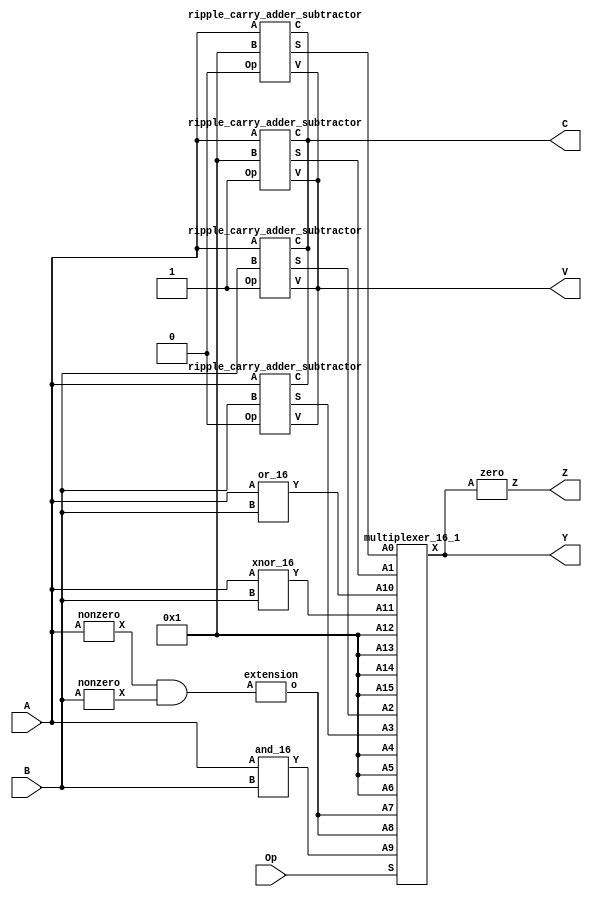
module alu(Y, C, V, Z, A, B, Op);
   output [15:0] Y;  // Result.
   output 	 C;  // Carry.
   output 	 V;  // Overflow.
   output 	 Z;  // Zero.
   input [15:0]  A;  // Operand.
   input [15:0]  B;  // Operand.
   input [3:0] 	 Op; // Operation. 4 bits

   wire [15:0] 	 BitAnd, BitOr, BitXnor, Inc, Dec, Add, Sub, LogAnd, LogOr;
   wire Abool,Bbool,LogAnd1, LogOr1;
   wire 	 Vas;
   wire 	 Cas;
   
   //temps
   nonzero ab(Abool, A); //if A != 0 then Abool = 1
   nonzero bb(Bbool, B); //if B != 0 then Bbool = 1
   
   // The operations
   ripple_carry_adder_subtractor incop(Inc, C, V, A, 16'b1, 1'b0);     	 // Op == 0000 Result = A + 1
   ripple_carry_adder_subtractor decop(Dec, C, V, A, 16'b1, 1'b1);     	 // Op == 0001 Result = A - 1
   ripple_carry_adder_subtractor subop(Sub, C, V, A, B, 1'b1);     	     // Op == 0010 Result = A - B
   ripple_carry_adder_subtractor addop(Add, C, V, A, B, 1'b0);     	     // Op == 0011 Result = A + B

									 // Op == 0100 TODO
									 // Op == 0101 TODO
									 // Op == 0110 TODO

   and logand(LogAnd1, Abool, Bbool);                                    // Op == 0111 Result = A && B
   extension logand2(LogAnd, LogAnd1);
   
   or logor(LogO1r, Abool, Bbool);							    	     // Op == 1000 Result = A !! B
   extension logor2(LogOr, LogOr1);

   and_16 andop(BitAnd, A, B);                                           // Op == 1001 Result = A . B
   or_16 orop(BitOr, A, B);                                              // Op == 1010 Result = A + B
   xnor_16 xnorop(BitXnor, A, B);                                        // Op == 1011 Result = A ~^ B
   			                                                 // Op == 1100 TODO
   			                                                 // Op == 1101 TODO

  multiplexer_16_1 mux(Y, Inc, Dec, Sub, Add, 16'b1, 16'b1, 16'b1, LogAnd, LogAnd, BitAnd, BitOr, BitXnor, 16'b1, 16'b1, 16'b1, 16'b1, Op);

 
   and(N, Y[15], s);       // Most significant bit is the sign bit in 2's complement.   
   zero z(Z, Y);           // All operations can set the Zero status bit.
endmodule // alu

module multiplexer_16_1(X, A0, A1, A2, A3, A4, A5, A6, A7, A8, A9, A10, A11, A12, A13, A14, A15, S);
   output [15:0] X;        // The output line

   input [15:0] A15;       // Input line with id 4'b1111
   input [15:0] A14;       // Input line with id 4'b1110
   input [15:0] A13;       // Input line with id 4'b1101
   input [15:0] A12;       // Input line with id 4'b1100
   input [15:0] A11;       // Input line with id 4'b1011
   input [15:0] A10;       // Input line with id 4'b1010
   input [15:0] A9;        // Input line with id 4'b1001
   input [15:0] A8;        // Input line with id 4'b1000
   input [15:0] A7;        // Input line with id 4'b0111
   input [15:0] A6;        // Input line with id 4'b0110
   input [15:0] A5;        // Input line with id 4'b0101
   input [15:0] A4;        // Input line with id 4'b0100
   input [15:0] A3;        // Input line with id 4'b0011
   input [15:0] A2;        // Input line with id 4'b0010
   input [15:0] A1;        // Input line with id 4'b0001
   input [15:0] A0;        // Input line with id 4'b0000
   input [3:0] S;          // Selection lines

   assign X = (S[3] == 0 
               ? (S[2] == 0 
                  ? (S[1] == 0 
                     ? (S[0] == 0 ? A0 : A1)
                     : (S[0] == 0 ? A2 : A3))
                  : (S[1] == 0 
                     ? (S[0] == 0 ? A4 : A5)
                     : (S[0] == 0 ? A6 : A7)))
               : (S[2] == 0 
                  ? (S[1] == 0 
                     ? (S[0] == 0 ? A8 : A9)
                     : (S[0] == 0 ? A10 : A11))
                  : (S[1] == 0 
                     ? (S[0] == 0 ? A12 : A13)
                     : (S[0] == 0 ? A14 : A15))));
endmodule // multiplexer_16_1


module and_16(Y, A, B);
   output [15:0] Y;  
   input [15:0]  A;  
   input [15:0]  B;  

   and(Y[0], A[0], B[0]);
   and(Y[1], A[1], B[1]);
   and(Y[2], A[2], B[2]);
   and(Y[3], A[3], B[3]);
   and(Y[4], A[4], B[4]);
   and(Y[5], A[5], B[5]);
   and(Y[6], A[6], B[6]);
   and(Y[7], A[7], B[7]);
   and(Y[8], A[8], B[8]);
   and(Y[9], A[9], B[9]);
   and(Y[10], A[10], B[10]);
   and(Y[11], A[11], B[11]);
   and(Y[12], A[12], B[12]);
   and(Y[13], A[13], B[13]);
   and(Y[14], A[14], B[14]);
   and(Y[15], A[15], B[15]);
endmodule 

module or_16(Y, A, B);
   output [15:0] Y; 
   input [15:0]  A; 
   input [15:0]  B; 

   or(Y[0], A[0], B[0]);
   or(Y[1], A[1], B[1]);
   or(Y[2], A[2], B[2]);
   or(Y[3], A[3], B[3]);
   or(Y[4], A[4], B[4]);
   or(Y[5], A[5], B[5]);
   or(Y[6], A[6], B[6]);
   or(Y[7], A[7], B[7]);
   or(Y[8], A[8], B[8]);
   or(Y[9], A[9], B[9]);
   or(Y[10], A[10], B[10]);
   or(Y[11], A[11], B[11]);
   or(Y[12], A[12], B[12]);
   or(Y[13], A[13], B[13]);
   or(Y[14], A[14], B[14]);
   or(Y[15], A[15], B[15]);
endmodule 

module extension(o, A);
    input A;
    output [15:0] o;
    and(o[0], 0,0);
    and(o[1], 0,0);
    and(o[2], 0,0);
    and(o[3], 0,0);
    and(o[4], 0,0);
    and(o[5], 0,0);
    and(o[6], 0,0);
    and(o[7], 0,0);
    and(o[8], 0,0);
    and(o[9], 0,0);
    and(o[10], 0,0);
    and(o[11], 0,0);
    and(o[12], 0,0);
    and(o[13], 0,0);
    and(o[14], 0,0);
    and(o[15], A,A);
endmodule
    
    

module xnor_16(Y, A, B);
   output [15:0] Y; 
   input [15:0]  A; 
   input [15:0]  B; 

   xnor(Y[0], A[0], B[0]);
   xnor(Y[1], A[1], B[1]);
   xnor(Y[2], A[2], B[2]);
   xnor(Y[3], A[3], B[3]);
   xnor(Y[4], A[4], B[4]);
   xnor(Y[5], A[5], B[5]);
   xnor(Y[6], A[6], B[6]);
   xnor(Y[7], A[7], B[7]);
   xnor(Y[8], A[8], B[8]);
   xnor(Y[9], A[9], B[9]);
   xnor(Y[10], A[10], B[10]);
   xnor(Y[11], A[11], B[11]);
   xnor(Y[12], A[12], B[12]);
   xnor(Y[13], A[13], B[13]);
   xnor(Y[14], A[14], B[14]);
   xnor(Y[15], A[15], B[15]);
endmodule


module zero(Z, A);
   output Z;        
   input [15:0]  A;
   wire [15:0] 	 Y; 
   
   xnor(Y[0], A[0], 0); // A XOR 0 = 1 iff A == 0
   xnor(Y[1], A[1], 0);
   xnor(Y[2], A[2], 0);
   xnor(Y[3], A[3], 0);
   xnor(Y[4], A[4], 0);
   xnor(Y[5], A[5], 0);
   xnor(Y[6], A[6], 0);
   xnor(Y[7], A[7], 0);
   xnor(Y[8], A[8], 0);
   xnor(Y[9], A[9], 0);
   xnor(Y[10], A[10], 0);
   xnor(Y[11], A[11], 0);
   xnor(Y[12], A[12], 0);
   xnor(Y[13], A[13], 0);
   xnor(Y[14], A[14], 0);
   xnor(Y[15], A[15], 0);
   and(Z, Y[0], Y[1], Y[2], Y[3], Y[4], Y[5], Y[6], Y[7], Y[8], Y[9], Y[10], Y[11], Y[12], Y[13], Y[14], Y[15]); // Z = 1 iff Y[i] == 1 for all i
endmodule

module nonzero(X, A);
    output X;
    input [15:0] A;
    wire temp;
    
    zero z(temp, A);
    not(X,temp);
endmodule
      
module full_adder(S, Cout, A, B, Cin);
   output S;
   output Cout;
   input  A;
   input  B;
   input  Cin;
   
   wire   w1;
   wire   w2;
   wire   w3;
   wire   w4;
   
   xor(w1, A, B);
   xor(S, Cin, w1);
   and(w2, A, B);   
   and(w3, A, Cin);
   and(w4, B, Cin);   
   or(Cout, w2, w3, w4);
endmodule // full_adder


module ripple_carry_adder_subtractor(S, C, V, A, B, Op);
   output [15:0] S;   // The 16-bit sum/difference.
   output 	C;   // The 1-bit carry/borrow status.
   output 	V;   // The 1-bit overflow status.
   input [15:0] 	A;   // The 16-bit augend/minuend.
   input [15:0] 	B;   // The 16-bit addend/subtrahend.
   input 	Op;  // The operation: 0 => Add, 1=>Subtract.
   
   wire 	C0; // The carry out bit of fa0, the carry in bit of fa1.
   wire 	C1; // The carry out bit of fa1, the carry in bit of fa2.
   wire 	C2; // The carry out bit of fa2, the carry in bit of fa3.
   wire 	C3; // The carry out bit of fa2, the carr in bit for fa4
   wire 	C4;
   wire 	C5;
   wire 	C6;
   wire 	C7;
   wire 	C8;
   wire 	C9;
   wire 	C10;
   wire 	C11;
   wire 	C12;
   wire 	C13;
   wire 	C14;
   wire 	C15;
   
   wire 	B0; // The xor'd result of B[0] and Op
   wire 	B1; // The xor'd result of B[1] and Op
   wire 	B2; // The xor'd result of B[2] and Op
   wire 	B3; // The xor'd result of B[3] and Op
   wire 	B4;
   wire 	B5;
   wire 	B6;
   wire 	B7;
   wire 	B8;
   wire 	B9; 
   wire 	B10;
   wire 	B11;
   wire 	B12;
   wire 	B13;
   wire 	B14;
   wire 	B15;

   xor(B0, B[0], Op);
   xor(B1, B[1], Op);
   xor(B2, B[2], Op);
   xor(B3, B[3], Op);
   xor(B4, B[4], Op);
   xor(B5, B[5], Op);
   xor(B6, B[6], Op);
   xor(B7, B[7], Op);
   xor(B8, B[8], Op);
   xor(B9, B[9], Op);
   xor(B10, B[10], Op);
   xor(B11, B[11], Op);
   xor(B12, B[12], Op);
   xor(B13, B[13], Op);
   xor(B14, B[14], Op);
   xor(B15, B[15], Op);

   xor(C, C15, Op);      // Carry = C15 for addition, Carry = not(C15) for subtraction.
   xor(V, C15, C14);     // If the two most significant carry output bits differ, then we have an overflow.
   
   full_adder fa0(S[0], C0, A[0], B0, Op);    // Least significant bit.
   full_adder fa1(S[1], C1, A[1], B1, C0);
   full_adder fa2(S[2], C2, A[2], B2, C1);
   full_adder fa3(S[3], C3, A[3], B3, C2);  
   full_adder fa4(S[4], C4, A[4], B4, C3);
   full_adder fa5(S[5], C5, A[5], B5, C4);
   full_adder fa6(S[6], C6, A[6], B6, C5);
   full_adder fa7(S[7], C7, A[7], B7, C6);
   full_adder fa8(S[8], C8, A[8], B8, C7);
   full_adder fa9(S[9], C9, A[9], B9, C8);
   full_adder fa10(S[10], C10, A[10], B10, C9);
   full_adder fa11(S[11], C11, A[11], B11, C10);
   full_adder fa12(S[12], C12, A[12], B12, C11);
   full_adder fa13(S[13], C13, A[13], B13, C12);
   full_adder fa14(S[14], C14, A[14], B14, C13);
   full_adder fa15(S[15], C15, A[15], B15, C14);    // Most significant bit.

endmodule // ripple_carry_adder_subtractor